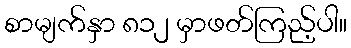
စာမျက်နှာ ၈၁၂ မှာဖတ်ကြည့်ပါ။